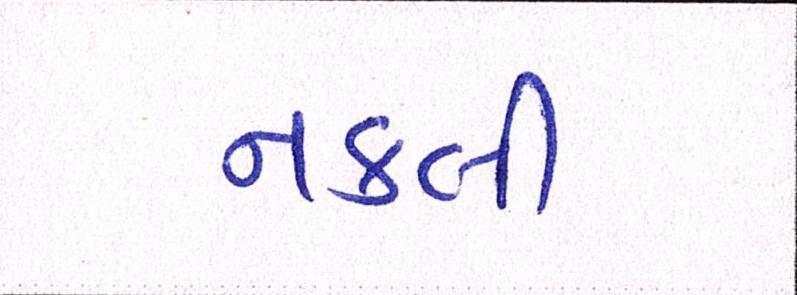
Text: નકલી